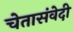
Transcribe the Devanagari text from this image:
चेतासंवेदी